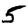
Digit: 5